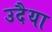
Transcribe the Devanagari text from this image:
उदैया